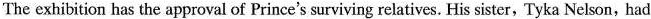
The exhibition has the approval of Prince's surviving relatives. His sister, Tyka Nelson, had